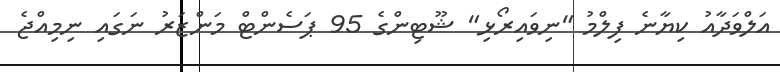
އަލްވަދާއު ކިޔާނެ ފިލްމު "ނިވައިރޯޅި" ޝޫޓިންގެ 95 ޕަސެންޓް މަންޒަރު ނަގައި ނިމިއްޖެ